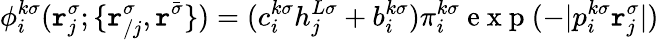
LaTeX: \phi_{i}^{k\sigma}(\mathtt{r}_{j}^{\sigma};\{ \mathtt{r}_{/j}^{\sigma},\mathtt{r}^{\bar{{\sigma}}}\} )=(c_{i}^{k\sigma}h_{j}^{L\sigma}+b_{i}^{k\sigma})\pi_{i}^{k\sigma}\mathrm{{~e~x~p~}}(-|p_{i}^{k\sigma}\mathtt{r}_{j}^{\sigma}|)